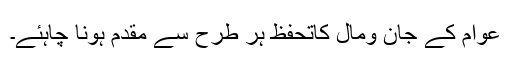
عوام کے جان ومال کاتحفظ ہر طرح سے مقدم ہونا چاہئے۔